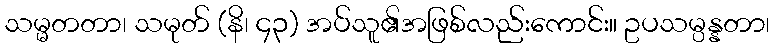
သမ္မတတာ၊ သမုတ် (နိ၊ ၄၃) အပ်သူ၏အဖြစ်လည်းကောင်း။ ဥပသမ္ပန္နတာ၊